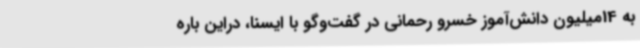
به 14میلیون دانش‌آموز خسرو رحمانی در گفت‌وگو با ایسنا، دراین باره